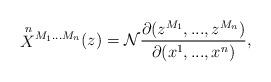
LaTeX: \begin{align*}\mbox{$\stackrel{n}{X}$$^{M_1...M_n}$}(z)={\cal N}\frac{\partial(z^{M_1},...,z^{M_n})}{\partial(x^1,...,x^n)},\end{align*}